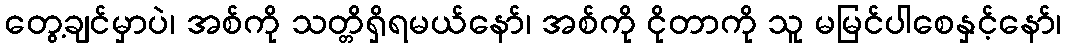
တွေ့ချင်မှာပဲ၊ အစ်ကို သတ္တိရှိရမယ်နော်၊ အစ်ကို ငိုတာကို သူ မမြင်ပါစေနှင့်နော်၊